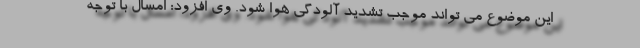
این موضوع می تواند موجب تشدید آلودگی هوا شود. وی افزود: امسال با توجه